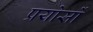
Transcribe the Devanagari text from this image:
प्रयोसों